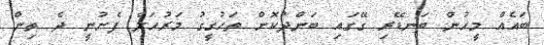
ބައެއް މީހުން ބަނޑޭރި ގޭގައި ބަންދުކޮށް ތަހުގީގު މަރުހަލާ ފެށުނީ ދެ ތިން